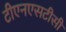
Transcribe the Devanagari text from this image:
टीएनएसटीसी